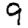
Digit: 9